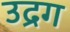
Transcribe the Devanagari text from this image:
उद्रग